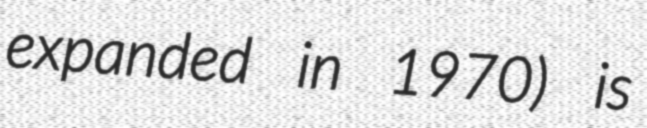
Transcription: expanded in 1970) is